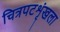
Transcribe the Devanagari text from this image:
चित्रपटशृंखला